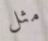
مثل